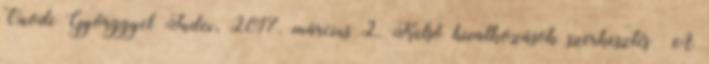
Ónodi Györggyel Index, 2017. március 2. Külső hivatkozások szerkesztés A